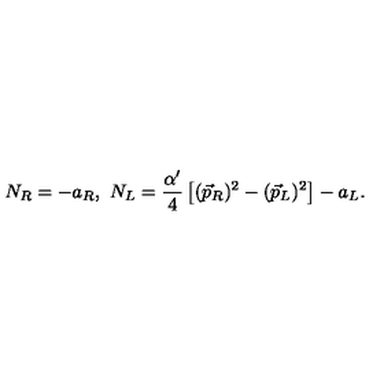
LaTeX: N _ { R } = - a _ { R } , \ N _ { L } = { \frac { \alpha ^ { \prime } } { 4 } } \left[ ( \vec { p } _ { R } ) ^ { 2 } - ( \vec { p } _ { L } ) ^ { 2 } \right] - a _ { L } .